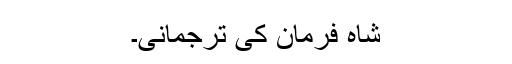
شاہ فرمان کی ترجمانی۔